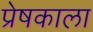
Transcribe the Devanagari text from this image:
प्रेषकाला